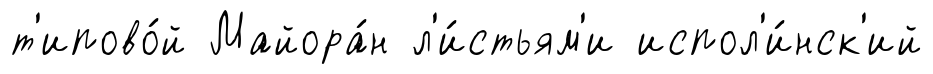
т'ипово́й Майора́н л'и́стьям'и испол'и́нск'ий